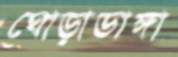
ঘোড়াডাঙ্গা